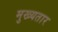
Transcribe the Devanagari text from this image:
मुख्यतार